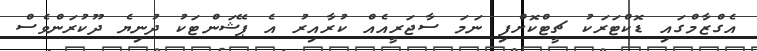
އެގްޒާމްގައި ޑޮކްޓަރަކު ޗީޓްކޮށްފި ނަމަ ސާޖަރީއެއް ކުރާއިރު އެ ޕޭޝަންޓަކު ދުނިޔެ ދޫކުރަންވެސް